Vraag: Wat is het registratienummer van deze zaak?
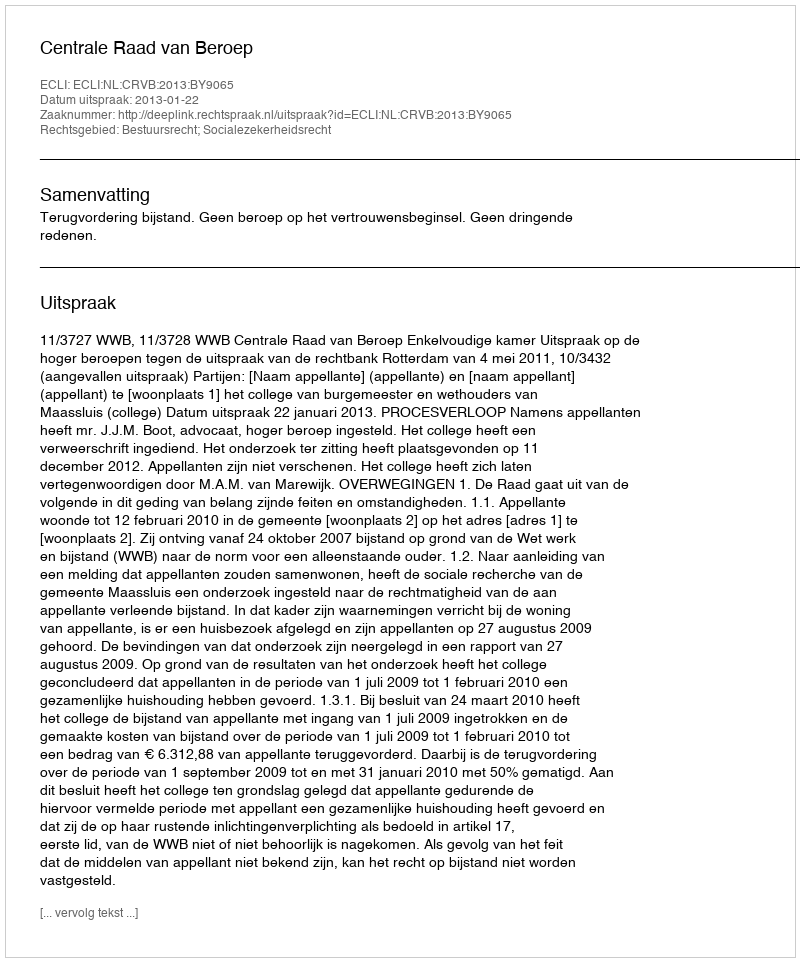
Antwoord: http://deeplink.rechtspraak.nl/uitspraak?id=ECLI:NL:CRVB:2013:BY9065